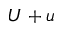
U + u